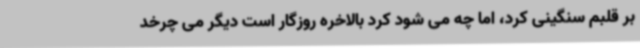
بر قلبم سنگینی کرد، اما چه می شود کرد بالاخره روزگار است دیگر می چرخد